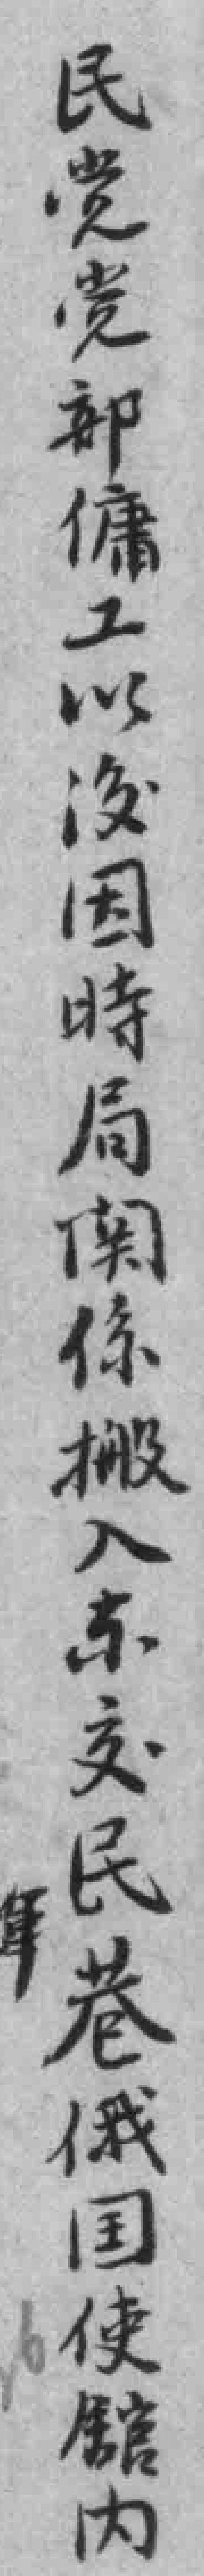
民党党都傭工以後因時局関係搬入东交民巷俄国使舘内